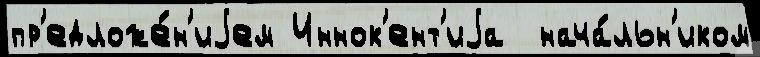
пр'едложе́н'иjем Иннок'ент'иjа  нача́льн'иком